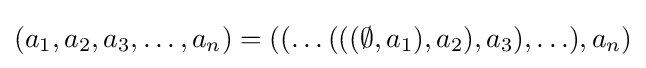
(a_{1},a_{2},a_{3},\ldots ,a_{n})=((\ldots (((\emptyset ,a_{1}),a_{2}),a_{3}),\ldots ),a_{n})